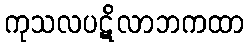
ကုသလပဋိလာဘကထာ